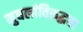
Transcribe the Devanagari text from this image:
मुघलांविरुद्धचा